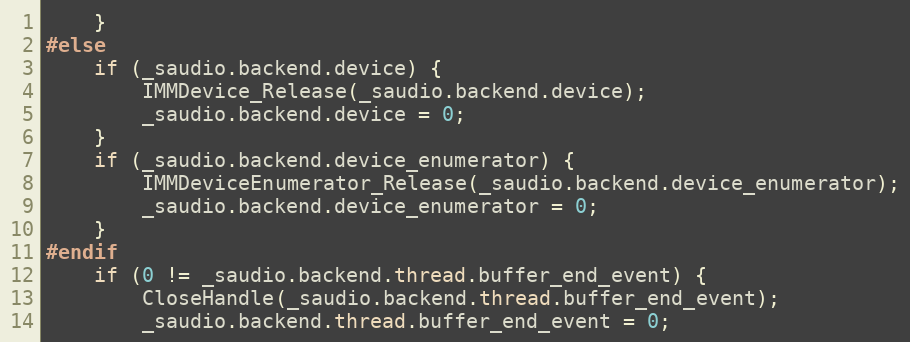
Language: C
    }
#else
    if (_saudio.backend.device) {
        IMMDevice_Release(_saudio.backend.device);
        _saudio.backend.device = 0;
    }
    if (_saudio.backend.device_enumerator) {
        IMMDeviceEnumerator_Release(_saudio.backend.device_enumerator);
        _saudio.backend.device_enumerator = 0;
    }
#endif
    if (0 != _saudio.backend.thread.buffer_end_event) {
        CloseHandle(_saudio.backend.thread.buffer_end_event);
        _saudio.backend.thread.buffer_end_event = 0;